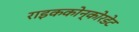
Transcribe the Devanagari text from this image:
राइककोन्कोरडेट